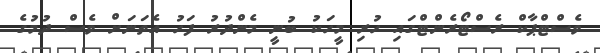
ވެސްޓްޕާކް ރެސްޓޯރެންޓްގައި ހުރި މީހަކު ބުނީ މެންދުރު ފަހު އެތަނަށް ވެސް ދުމުގެ